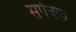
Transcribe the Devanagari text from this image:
सपेक्छ